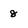
Character: 8